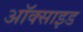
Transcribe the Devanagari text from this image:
अॉक्साइड